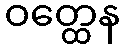
ဝတ္ထေန